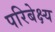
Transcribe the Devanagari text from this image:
परिबेक्ष्य